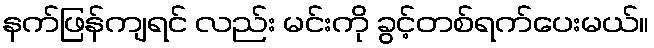
နက်ဖြန်ကျရင် လည်း မင်းကို ခွင့်တစ်ရက်ပေးမယ်။